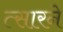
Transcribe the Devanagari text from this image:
त्सारने